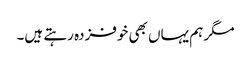
مگر ہم یہاں بھی خوفزدہ رہتے ہیں۔